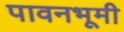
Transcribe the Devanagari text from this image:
पावनभूमी